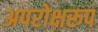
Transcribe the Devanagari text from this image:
अपरोक्षरूप